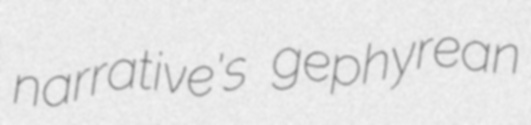
narrative's gephyrean